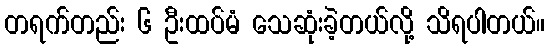
တရက်တည်း ၆ ဦးထပ်မံ သေဆုံးခဲ့တယ်လို့ သိရပါတယ်။